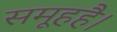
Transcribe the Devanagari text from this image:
समूहहै।